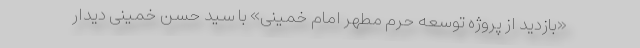
«بازدید از پروژه توسعه حرم مطهر امام خمینی» با سید حسن خمینی دیدار